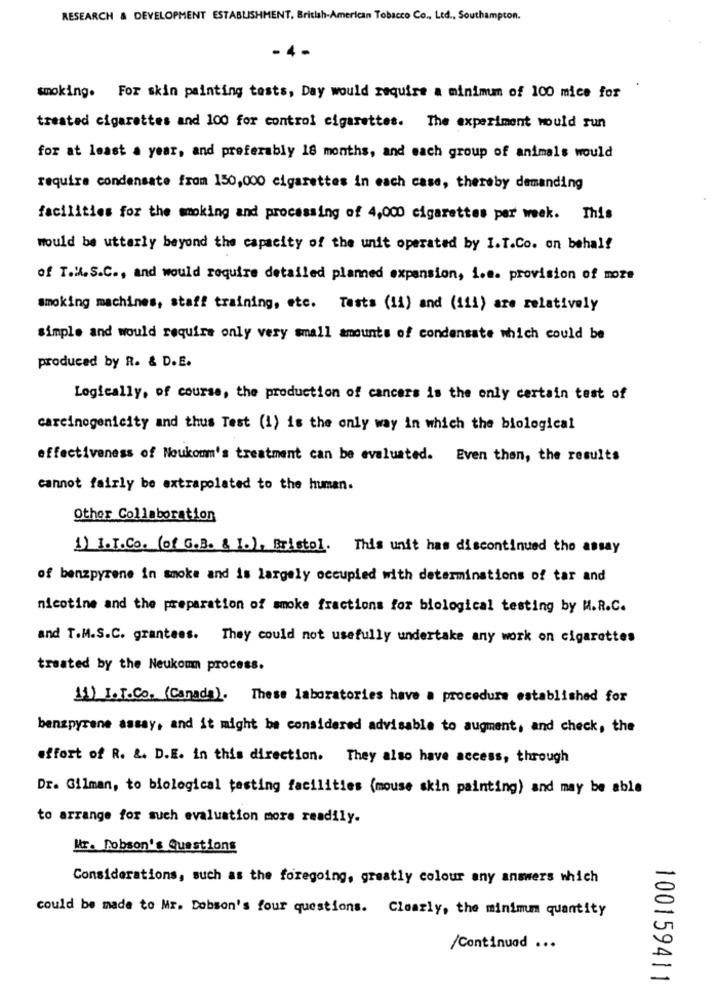
RESEARCH & DEVELOPMENT ESTABLISHMENT, British-American Tobacco Co ., Ltd ., Southampton.
-4-
smoking. For skin painting tests, Day would require a minimum of 100 mice for
treated cigarettes and 100 for control cigarettes. The experiment would run
for at least a year, and preferably 18 months, and each group of animals would
require condensate from 150,000 cigarettes in each case, thereby demanding
facilities for the smoking and processing of 4,000 cigarettes per week. This
would be utterly beyond the capacity of the unit operated by I.T.Co. on behalf
of T.ll. S.C ., and would require detailed planned expansion, i.a. provision of moze
smoking machines, staff training, etc. Tests (11) and (111) are relatively
simple and would require only very small amounts of condensate which could be
produced by R. & D.E.
Logically, of course, the production of cancers is the only certain test of
carcinogenicity and thus Test (1) is the only way in which the biological
effectiveness of Noukomm's treatment can be evaluated. Even then, the results
cannot fairly be extrapolated to the human.
Other Collaboration
1) 1.T.Co. (of G.B. & I.), Bristol. This unit has discontinued the assay
of benzpyrene in smoke and is largely occupied with determinations of tar and
nicotine and the preparation of smoke fractions for biological testing by M.R.C.
and T.M.S.C. grantees. They could not usefully undertake any work on cigarettes
treated by the Neukom process.
11) I.T.Co. (Canada). These laboratories have a procedure established for
benzpyrene assay, and it might be considered advisable to augment, and check, the
effort of R. &. D.E. in this direction. They also have access, through
Dr. Gilman, to biological tasting facilities (mouse skin painting) and may be able
to arrange for such evaluation more readily.
Mr. Pobson's Questions
Considerations, such as the foregoing, greatly colour any answers which
could be made to Mr. Dobson's four questions. Clearly, the minimum quantity
/Continuad ...
100159411